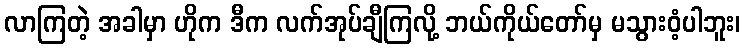
လာကြတဲ့ အခါမှာ ဟိုက ဒီက လက်အုပ်ချီကြလို့ ဘယ်ကိုယ်တော်မှ မသွားဝံ့ပါဘူး၊